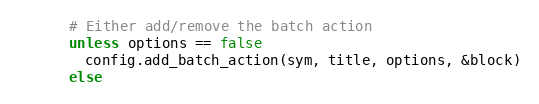
Language: Ruby
      # Either add/remove the batch action
      unless options == false
        config.add_batch_action(sym, title, options, &block)
      else